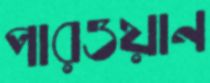
পারওয়ান